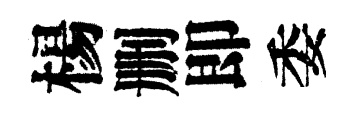
楊删即委